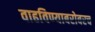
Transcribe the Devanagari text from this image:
वाढविण्याबरोबरच